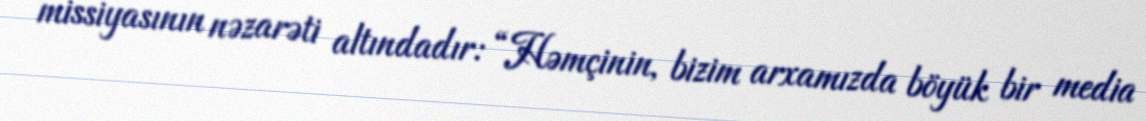
missiyasının nəzarəti altındadır: “Həmçinin, bizim arxamızda böyük bir media